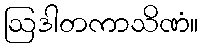
ဩဒါတကာသိဏံ။